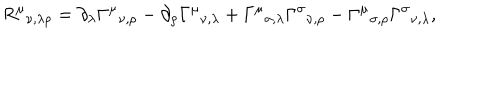
LaTeX: R ^ { \mu } { } _ { \nu , \lambda \rho } = \partial _ { \lambda } \Gamma ^ { \mu } { } _ { \nu , \rho } - \partial _ { \rho } \Gamma ^ { \mu } { } _ { \nu , \lambda } + \Gamma ^ { \mu } { } _ { \sigma , \lambda } \Gamma ^ { \sigma } { } _ { \nu , \rho } - \Gamma ^ { \mu } { } _ { \sigma , \rho } \Gamma ^ { \sigma } { } _ { \nu , \lambda } ,